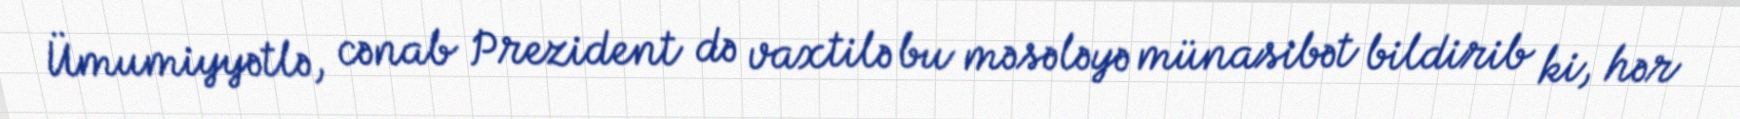
Ümumiyyətlə, cənab Prezident də vaxtilə bu məsələyə münasibət bildirib ki, hər